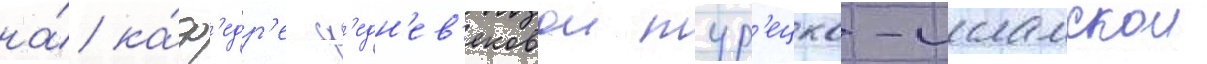
на́ ка́ф'едр'е ср'едн'ев'ековои тур'ецко-исламскои